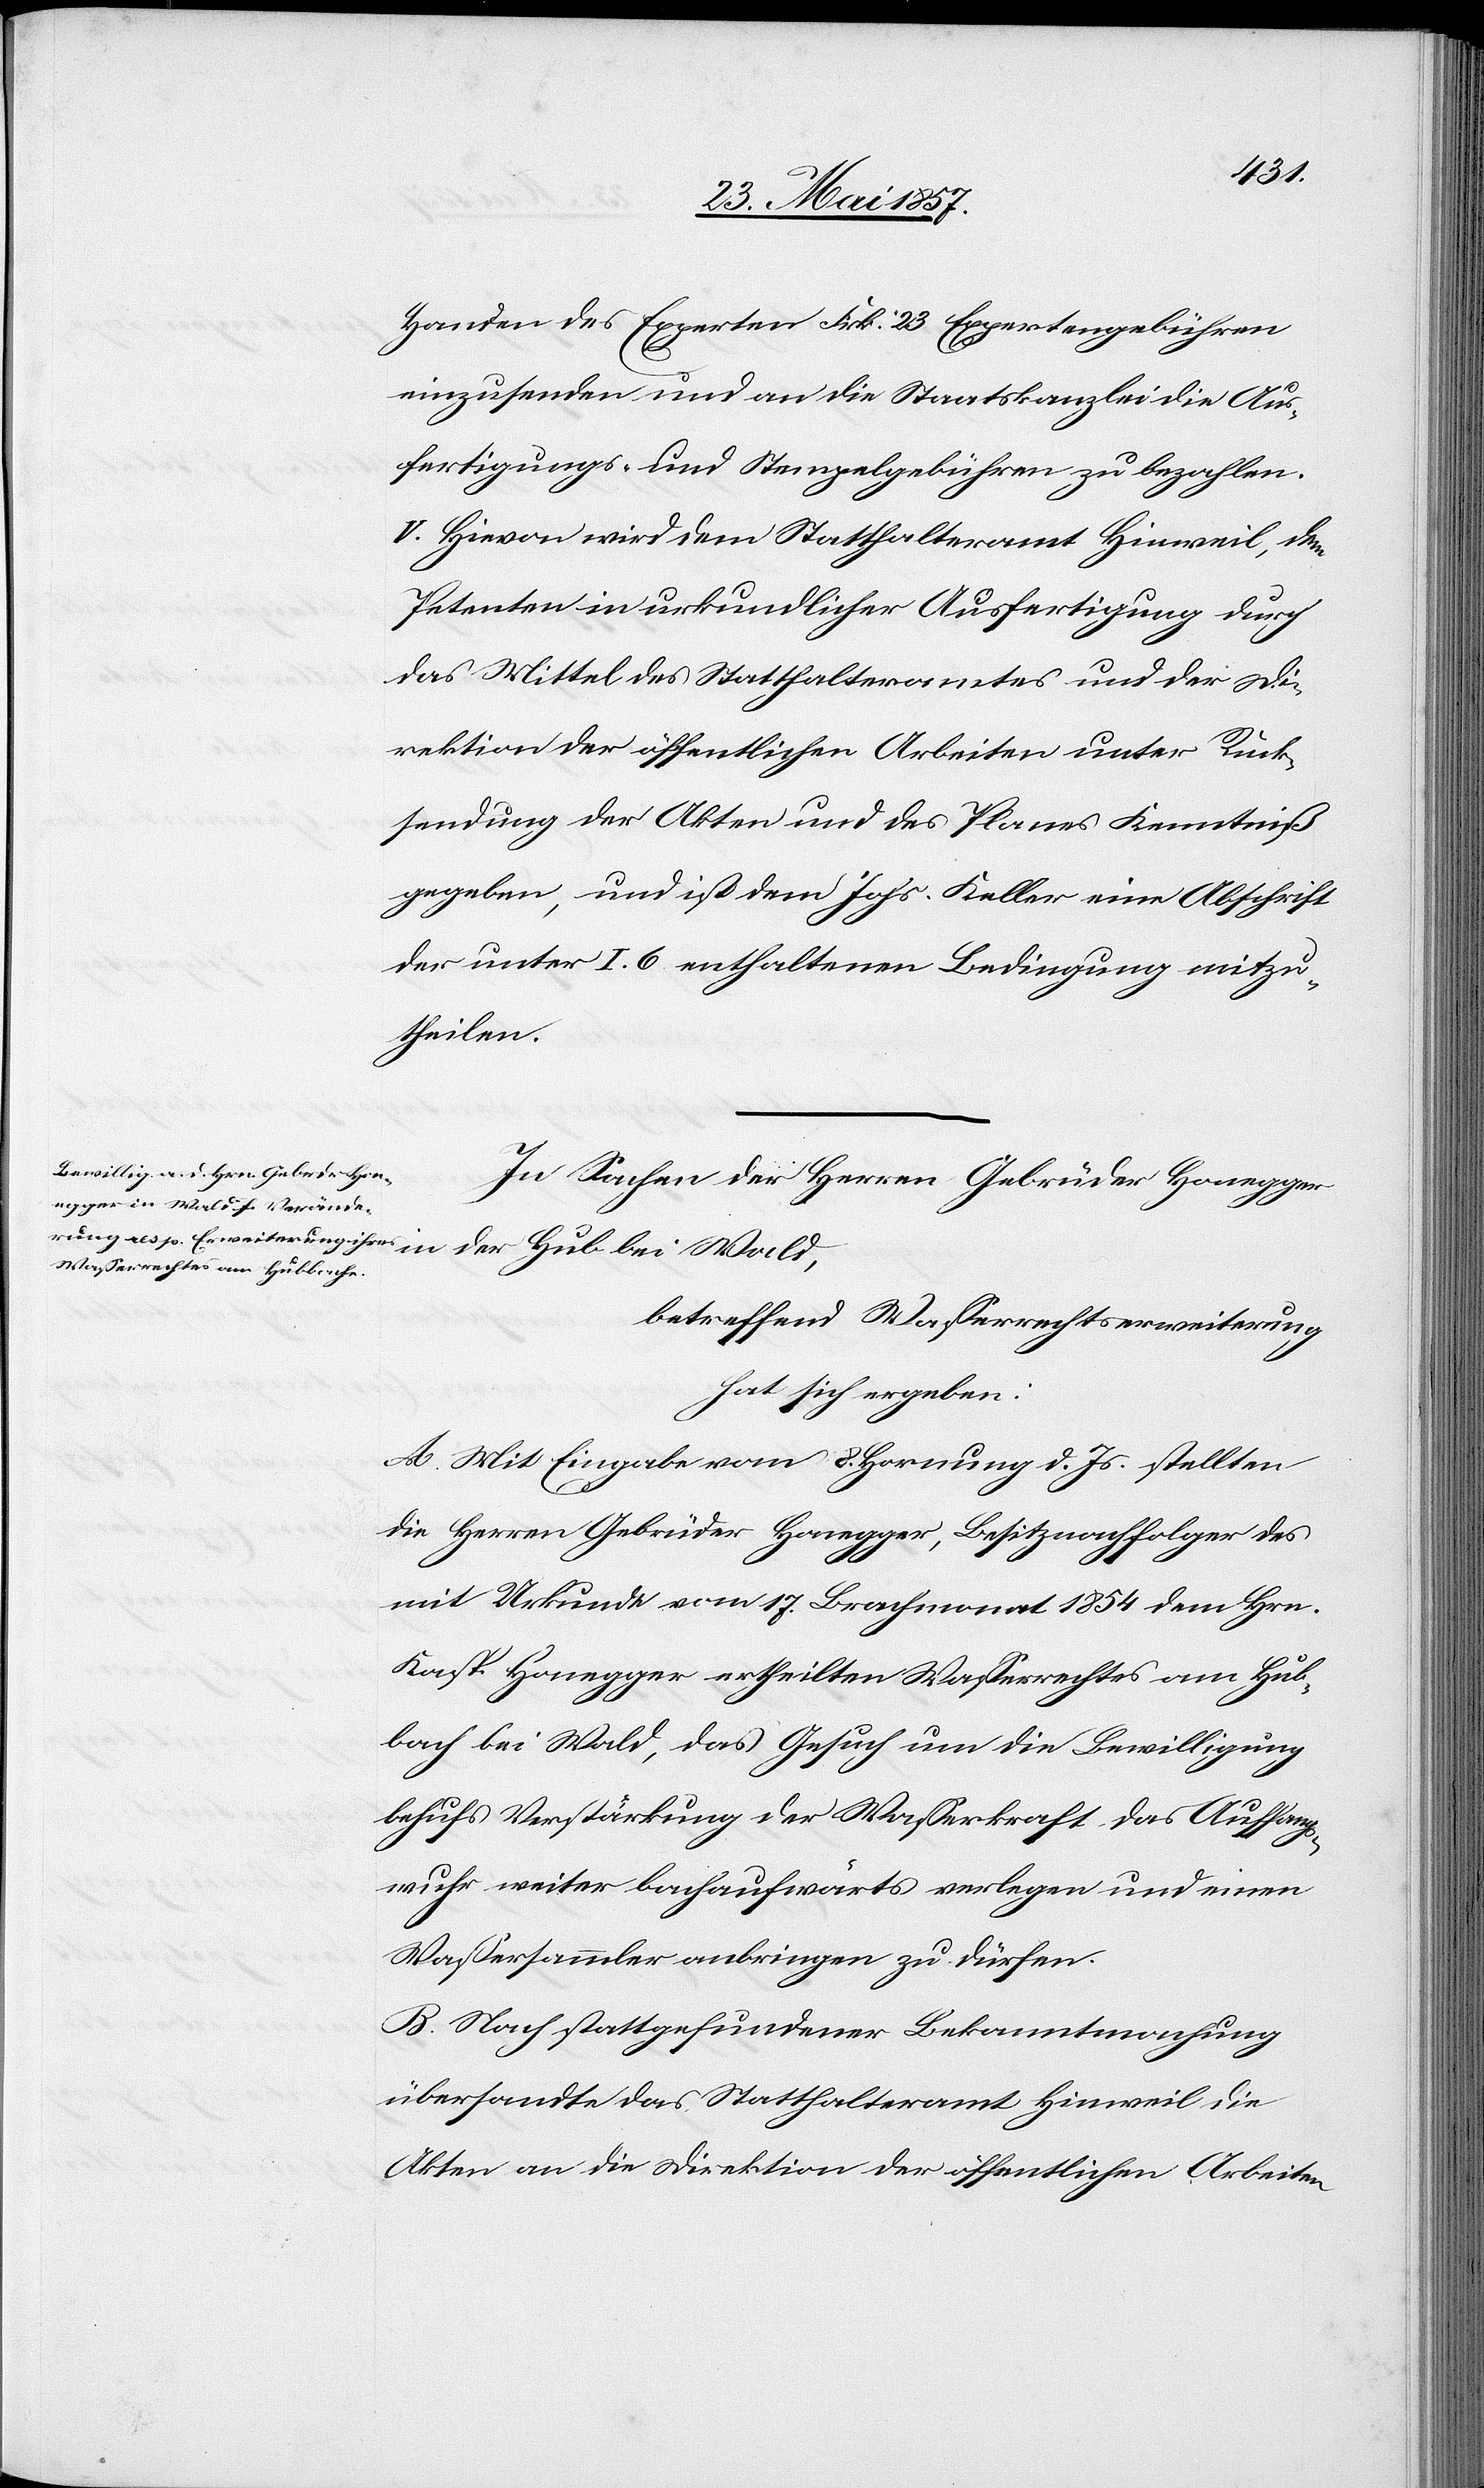
Handen des Experten Frk. 23 Expertengebühren
einzusenden und an die Staatskanzlei die Aus¬
fertigungs- u. Stempelgebühren zu bezahlen.
V. Hievon wird dem Statthalteramte Hinweil, dem
Petenten in urkundlicher Ausfertigung durch
das Mittel des Statthalteramtes und der Di¬
rektion der öffentlichen Arbeiten unter Rück¬
sendung der Akten und des Planes Kenntniß
gegeben, und ist dem Johs. Keller eine Abschrift
der unter I. 6 enthaltenen Bedingung mitzu¬
theilen.
In Sachen der Herrn Gebrüder Honegger
betreffend Wasserrechtserweiterung
hat sich ergeben:
A. Mit Eingabe vom 8 Hornung d. Js. stellten
die Herrn Gebrüder Honegger, Besitznachfolger des
mit Urkunde vom 17 Brachmonat 1854 dem Hrn.
Kasp. Honegger ertheilen Wasserrechtes am Hub¬
bach bei Wald, das Gesuch um die Bewilligung
behufs Verstärkung der Wasserkraft das Auffangs¬
wuhr weiter bachaufwärts verlegen und einen
Wassersammler anbringen zu dürfen.
B. Nach stattgefundener Bekanntmachung
übersandte das Statthalteramt Hinweil die
Akten an die Direktion der öffentlichen Arbeiten